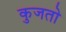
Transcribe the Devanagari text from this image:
कुजतो